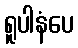
ရူပါနံပေ